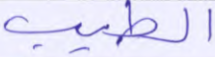
الطيب